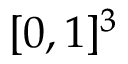
[ 0 , 1 ] ^ { 3 }